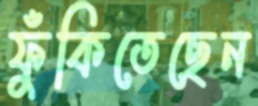
ফুঁকিতেছেন